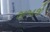
જીજાજી